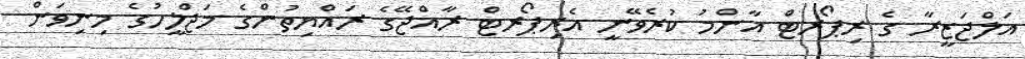
އަލްޖަޒީރާ ގެ ރިޕޯރޓް އާންމު ކުރެވޭނީ އެރިޕޯރޓް ރާއްޖޭގެ ރައްޔިތުންގެ މަޖްލީހުގެ މިނިވަން